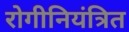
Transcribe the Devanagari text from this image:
रोगीनियंत्रित